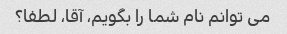
می توانم نام شما را بگویم، آقا، لطفا؟